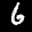
Label: 6